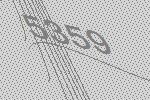
5359